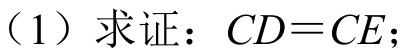
（1）求证：\(CD = CE\)；